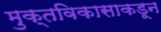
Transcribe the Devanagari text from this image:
मुक्तविकासाकडून